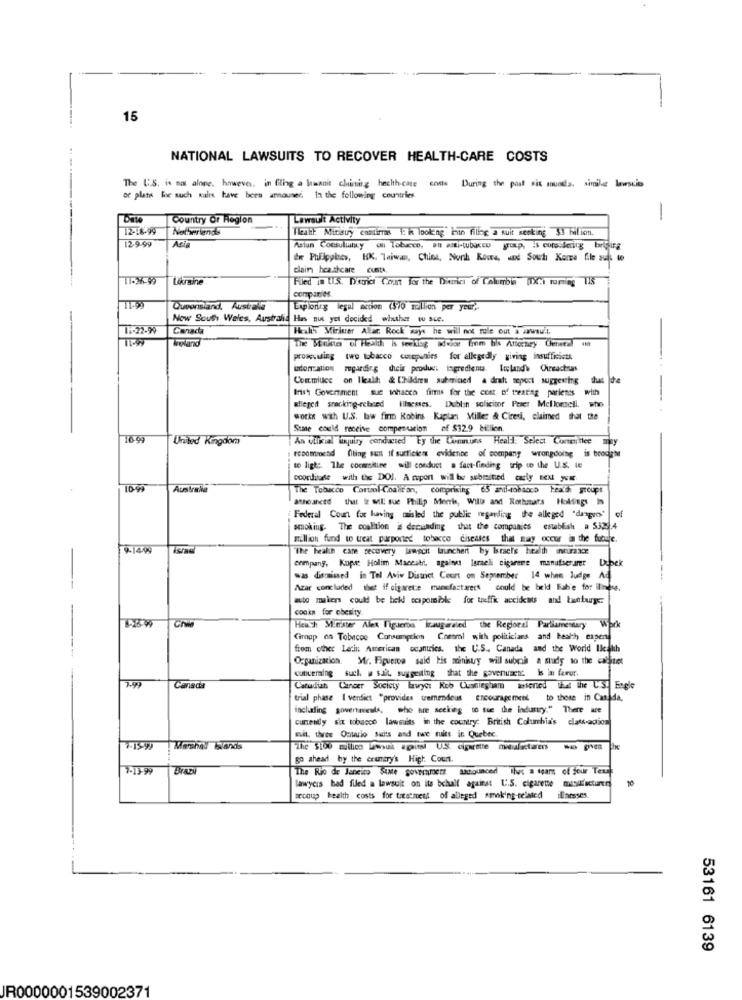
15
NATIONAL LAWSUITS TO RECOVER HEALTH-CARE COSTS
The U.S. is not alone. however, in fling a hunnit clisting health-care costs During the past six munds, sinile lawscios
or plats loe such walrs have been annoused In the following countries
Country Or Region
Lawsuit Activity
-------
12-18-99
Netherlands
Flesh. Mitisty comlinas : i looking hin filing a suit secking $1 bilion.
12.9.99
Acia
Asiun Consultancy oll Tobacco, alt asi-tubaseu group, is considering brifing
Er Philippbes, HK. Taiwan, China, Nonh Kowe, and Sout Konce file suis to
clair hca.shcare custo,
Ukraine
Filed in US. Demai Cont for the Diamins of Columbia (IX') ruming TIS
companies
Queensland, Australia
Laponing legal action (570 mallion per year).
Now South Wales, Australia Has nut yet decided whether wu sce.
1 :- 22.99
Canada
Heals Mirister Akar Rock ways he will not rule out a wwwww.t.
Ireland
The Molto of Health is seeking wieise liom ha Attorney General 10
prosecuting
two tobacco companies for allegedly giving insufficictt
inton ation regarding their product ingredients. Loplandw Oineachnas
Commluce
on Ileall & Children submined a dratt report suggesting dut the
Inst Government sue inhacco firms for the cost of treating parienss
-
alleged snacking-cebased Illnesses. Dublin solicitor Puser Mellomnell. who
works with U.S. lw finn Robins Kaptanı Miller & Ciresi, claimed that the
Sine could receive compensation of $32.9 billion.
10.99
United Kingdom
An wilicil inquiry conducted Ey the Communs Heald. Select Committee may
recommend Olling sunt if surficien evidence of company wrongdoing is boodlehr
to ligt: The cocmmiline will conduct . fact-finding trip to the U.S. Le
coordinate with the DOJ. A roport will be submitted carly next you
10.99
Australia
The Tobacco Control Coaif an, comprising 65 anti-tobanca health groups
shoahced that i will sue Philip Morris, Wille and Rothmars Holfings
Federal Court for luring misled the public regarding the alleged "dasgun"
smoking. The coalition is demanding that the companies establish a 5325.4
million fund to treat purported tobuxco diseases that may occur in the future.
9-1499
"The health care recovery lawecit launchert by israels health insurance
company, Kopie Holim Maccabi, against larseli cigarere manufserarer Dupek
was dismissed in Tel Aviv District Court on September 14 when Judge Ad
Azar concluded that if cigarete manefastaren't could be held Fake for ilhas.
mto makers could be held responsible for toeffic accidents and bunturge.
cooka for obesity.
Ch
Heich M.water Alex ligueros Izaugwaled the Reploral Parliamentary Work
Cirapp on Tobacee Consumption Coetml with politicians and health expend
from other Lech: American ocantrics. the U.S ., Canada and the World Ileath
Organization. Mr. Figueroa said bis moinisty will subcih a study to the cabinet
7.99
cuniceraing such. w salt, suggesting that the govenusetc is in ferut.
Canada
Canadian
Cancer Society lawyer Kob Cussiegham asserted that the L'SI Engle
trial phase I verdict "provides tremendous encouragement to those in Canada,
including soverteresls, who are seeking to sue the industry." There are
currently six tobacco lawsuits in the country: British Columbia's class-action
mit. tives Ontario suits and twe suits in Quebec.
go ahead by the crumary's High Coun.
7-13-99
Braz
The Rio de Janeiro SiMe government announced That a team of jour Tex
lawycis bad filed a lawsuit on its behalf against U.S. cigarette
10
secoup health costs for treatment of alleged smoking-related
iEnesses
53161 6139
JR0000001539002371